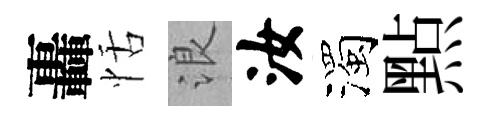
轟恬浪汝濁㸃